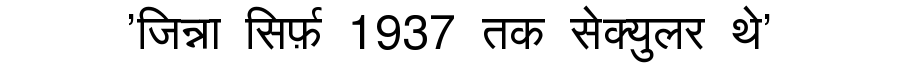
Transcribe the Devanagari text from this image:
'जिन्ना सिर्फ़ 1937 तक सेक्युलर थे'